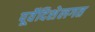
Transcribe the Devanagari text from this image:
पूर्वेदिशेलगत